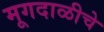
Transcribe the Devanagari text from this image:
मूगदाळीचे